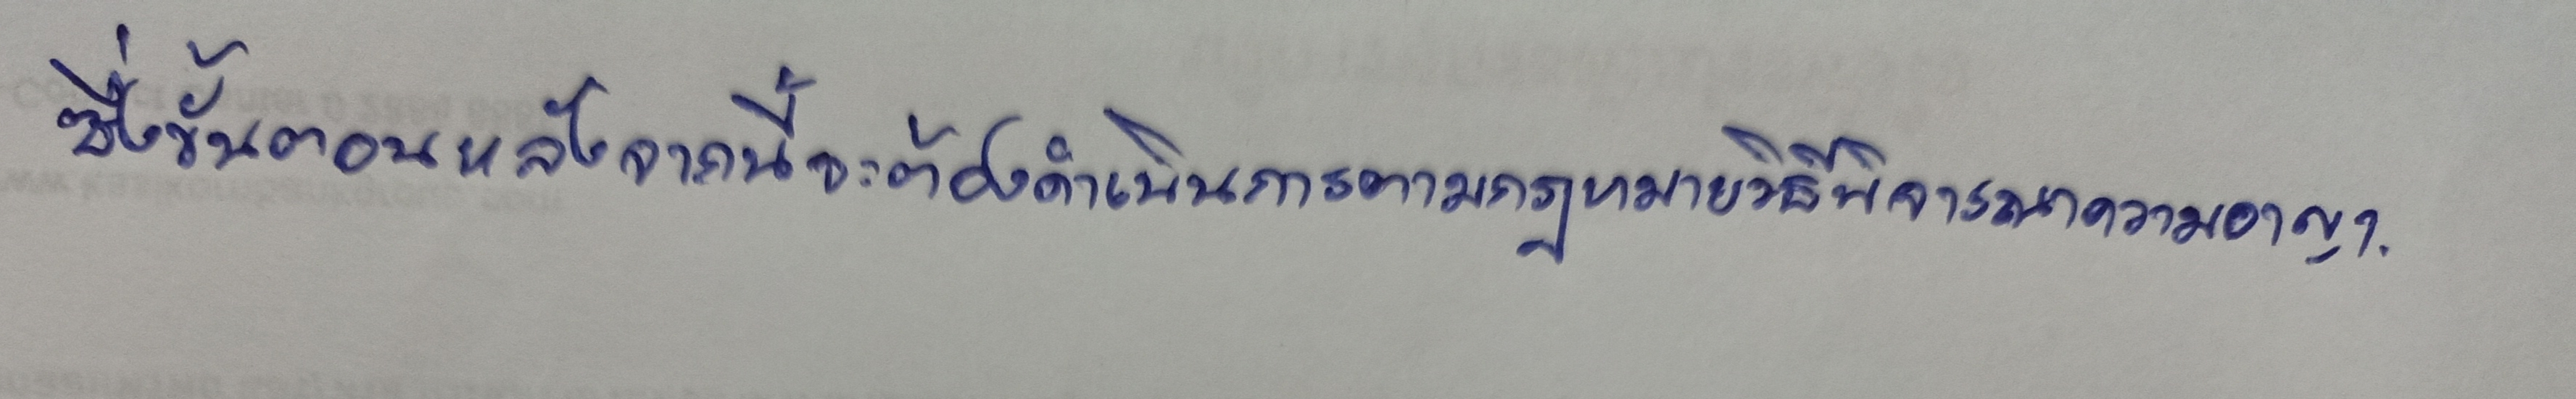
ซึ่งขั้นตอนหลังจากนี้จะต้องดำเนินการตามกฎหมายวิธีพิจารณาความอาญา